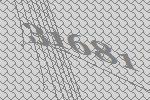
31681